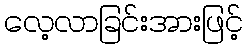
လေ့လာခြင်းအားဖြင့်